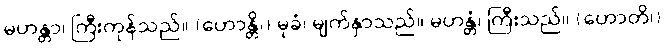
မဟန္တာ၊ ကြီးကုန်သည်။ (ဟောန္တိ၊) မုခံ၊ မျက်နှာသည်။ မဟန္တံ၊ ကြီးသည်။ (ဟောတိ၊)